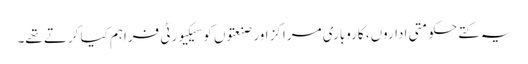
یہ کتے حکومتی اداروں، کاروباری مراکز اور صنعتوں کو سیکیورٹی فراہم کیا کرتے تھے۔